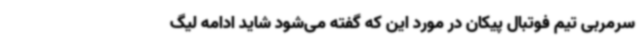
سرمربی تیم فوتبال پیکان در مورد این که گفته می‌شود شاید ادامه لیگ